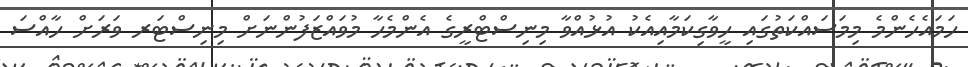
ހަމައެހެންމެ މިމަސައްކަތުގައި ހީވާގިކަމާއިއެކު އުޅުއްވާ މިނިސްޓްރީގެ އެންމެހާ މުވައްޒަފުންނަށް މިނިސްޓަރ ވަރަށް ހާއްސަ